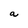
Character: a